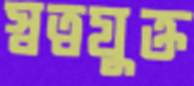
স্বত্বযুক্ত